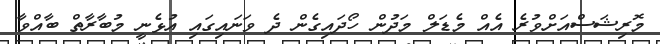
މޮރިޝަސްއަށްވުރެ އެއް މެޑަލް މަދުން ހޯދައިގެން ދެ ވަނައިގައި އުޅެނީ މުބާރާތް ބާއްވާ